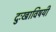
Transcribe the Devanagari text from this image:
दुःखाविषयी